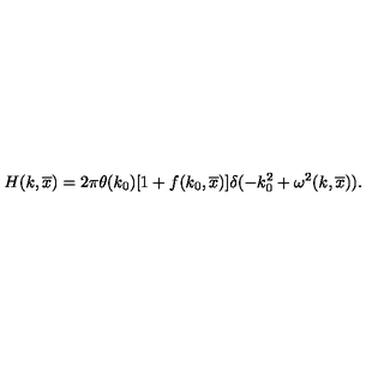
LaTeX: H ( k , \overline { x } ) = 2 \pi \theta ( k _ { 0 } ) \lbrack 1 + f ( k _ { 0 } , \overline { x } ) \rbrack \delta ( - k _ { 0 } ^ { 2 } + \omega ^ { 2 } ( k , \overline { x } ) ) .